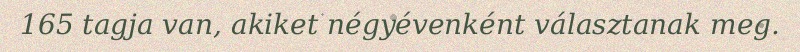
165 tagja van, akiket négyévenként választanak meg.